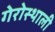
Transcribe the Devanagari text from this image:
गेरोस्थाली